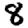
Digit: 8